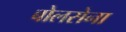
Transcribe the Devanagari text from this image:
बोलसेना